65_HS1-834228961_62-HQ-83894_Section_5
Agency: FBI
Page 181
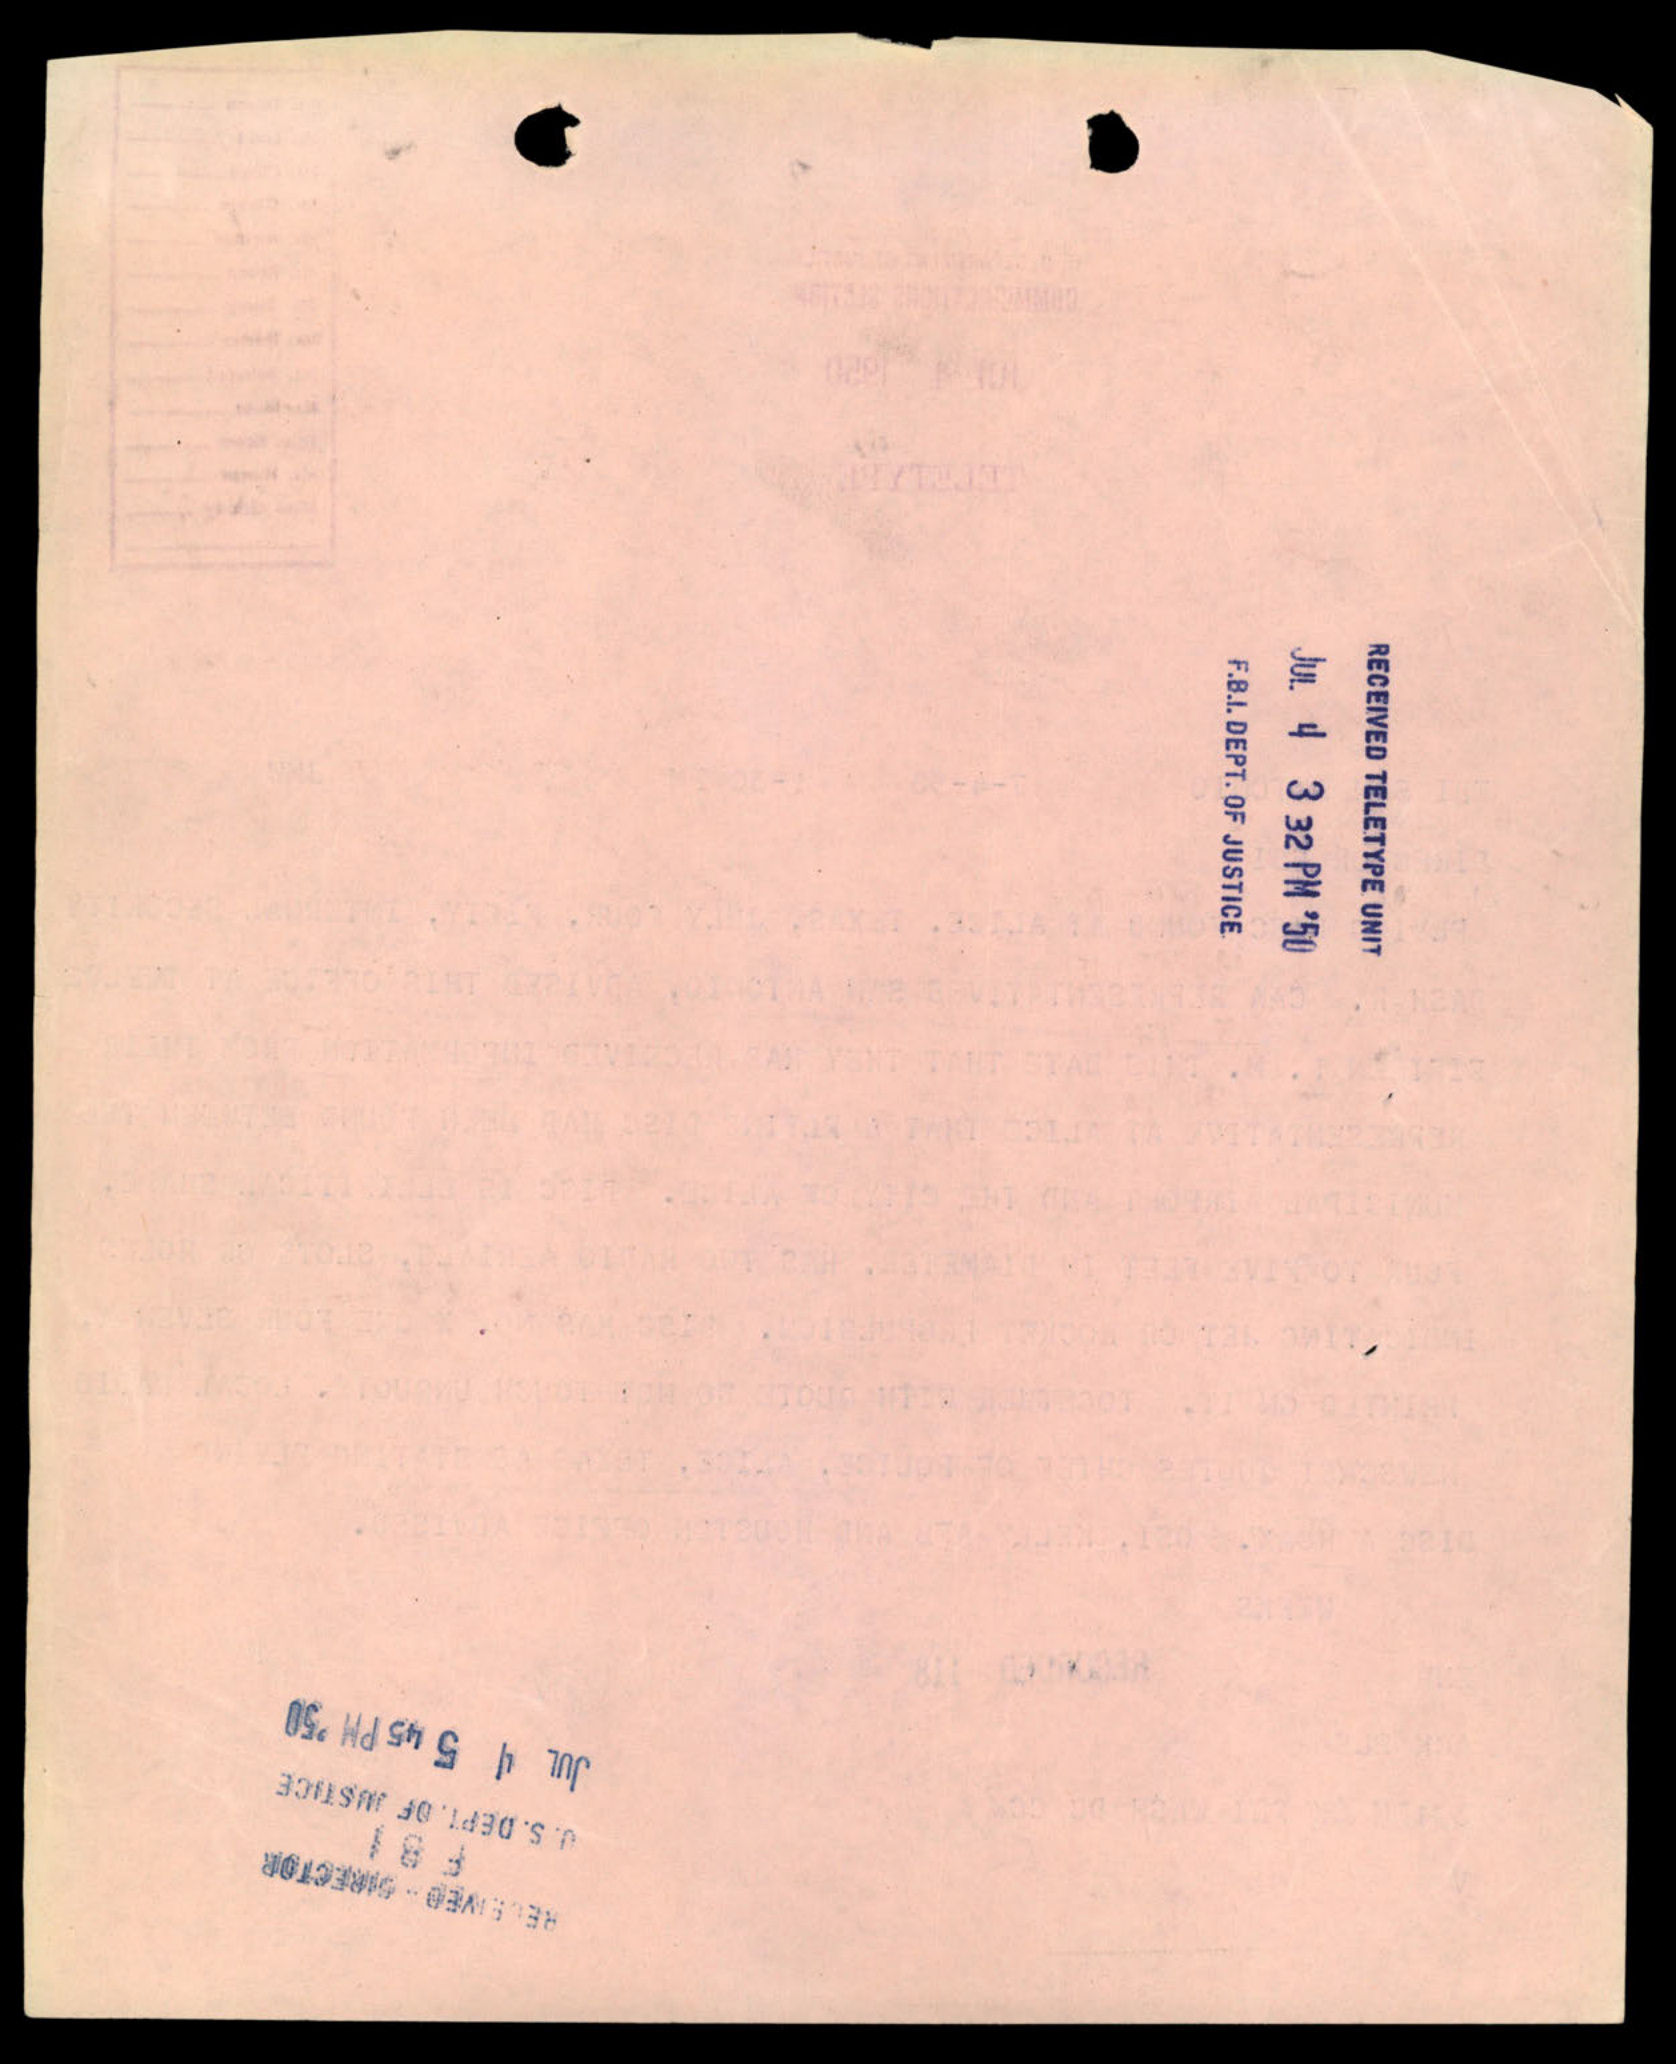